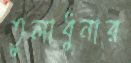
তুলাধুনার